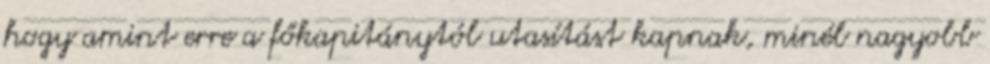
hogy amint erre a főkapitánytól utasítást kapnak, minél nagyobb